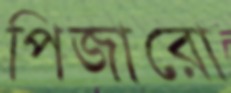
পিজারো